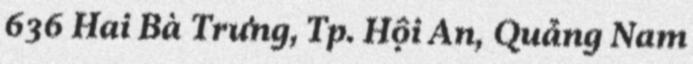
636 Hai Bà Trưng, Tp. Hội An, Quảng Nam